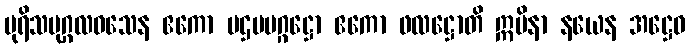
ပုရိသပုဂ္ဂလဝသေန ဧကော ပဌမမဂ္ဂဋ္ဌော ဧကော ဖလဋ္ဌောတိ ဣမိနာ နယေန အဋ္ဌေဝ